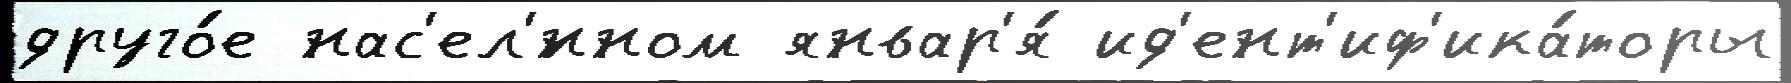
друго́е нас'ел'́нном январ'я́ ид'ент'иф'ика́торы